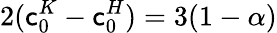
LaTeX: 2(\mathsf{c}_{0}^{K}-\mathsf{c}_{0}^{H})=3(1-\alpha)